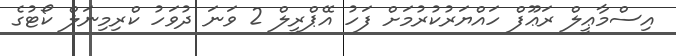
އިސްމާޢީލް ރަޢޫފް ހައްޔަރުކުރުމަށް ފަހު އޭޕްރީލް 2 ވަނަ ދުވަހު ކްރިމިނަލް ކޯޓުގެ